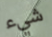
شيء